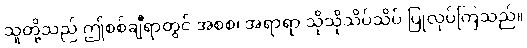
သူတို့သည် ဤစစ်ချီရာတွင် အစစ၊ အရာရာ သိုသိုသိပ်သိပ် ပြုလုပ်ကြသည်။